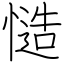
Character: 慥